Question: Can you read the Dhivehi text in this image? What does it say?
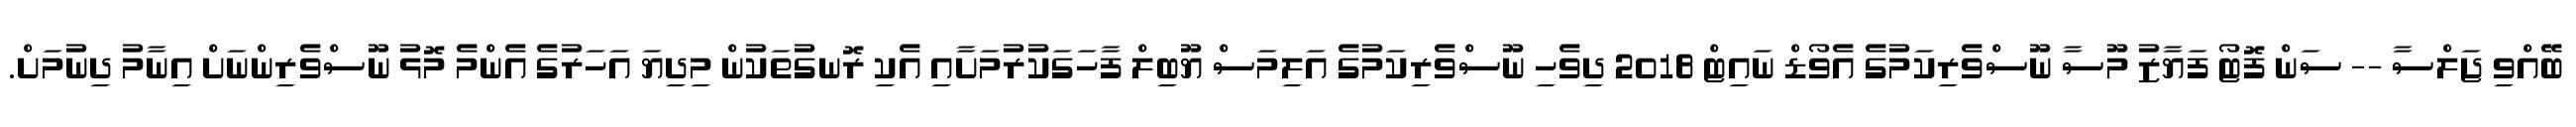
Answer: ބޭއްވި ޖަލްސާ -- ސަން ފޮޓޯ ފަޔާޒު މޫސާ ނޫސްވެރިކަމުގެ އެވޯޑް ނައިޓް 2018 ދިވެހި ނޫސްވެރިކަމުގެ އަލިމަސް ޔޫބިލް ފާހަގަކުރުމަށާއި އެކި ރޮނގުތަކުން މިދިޔަ އަހަރުގެ އެންމެ މޮޅު ނޫސްވެރިންނަށް އިނާމު ދިނުމަށް.